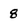
Character: 8